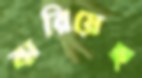
ঝরিয়েছ